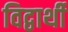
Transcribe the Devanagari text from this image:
विद्वार्थी